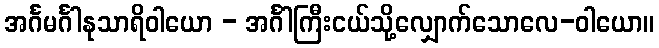
အင်္ဂမင်္ဂါနုသာရိဝါယော - အင်္ဂါကြီးငယ်သို့လျှောက်သောလေ-ဝါယော။